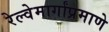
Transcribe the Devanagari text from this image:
रेल्वेमार्गांप्रमाणे